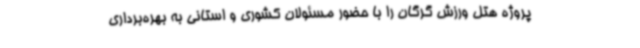
پروژه هتل ورزش گرگان را با حضور مسئولان کشوری و استانی به بهره‌برداری